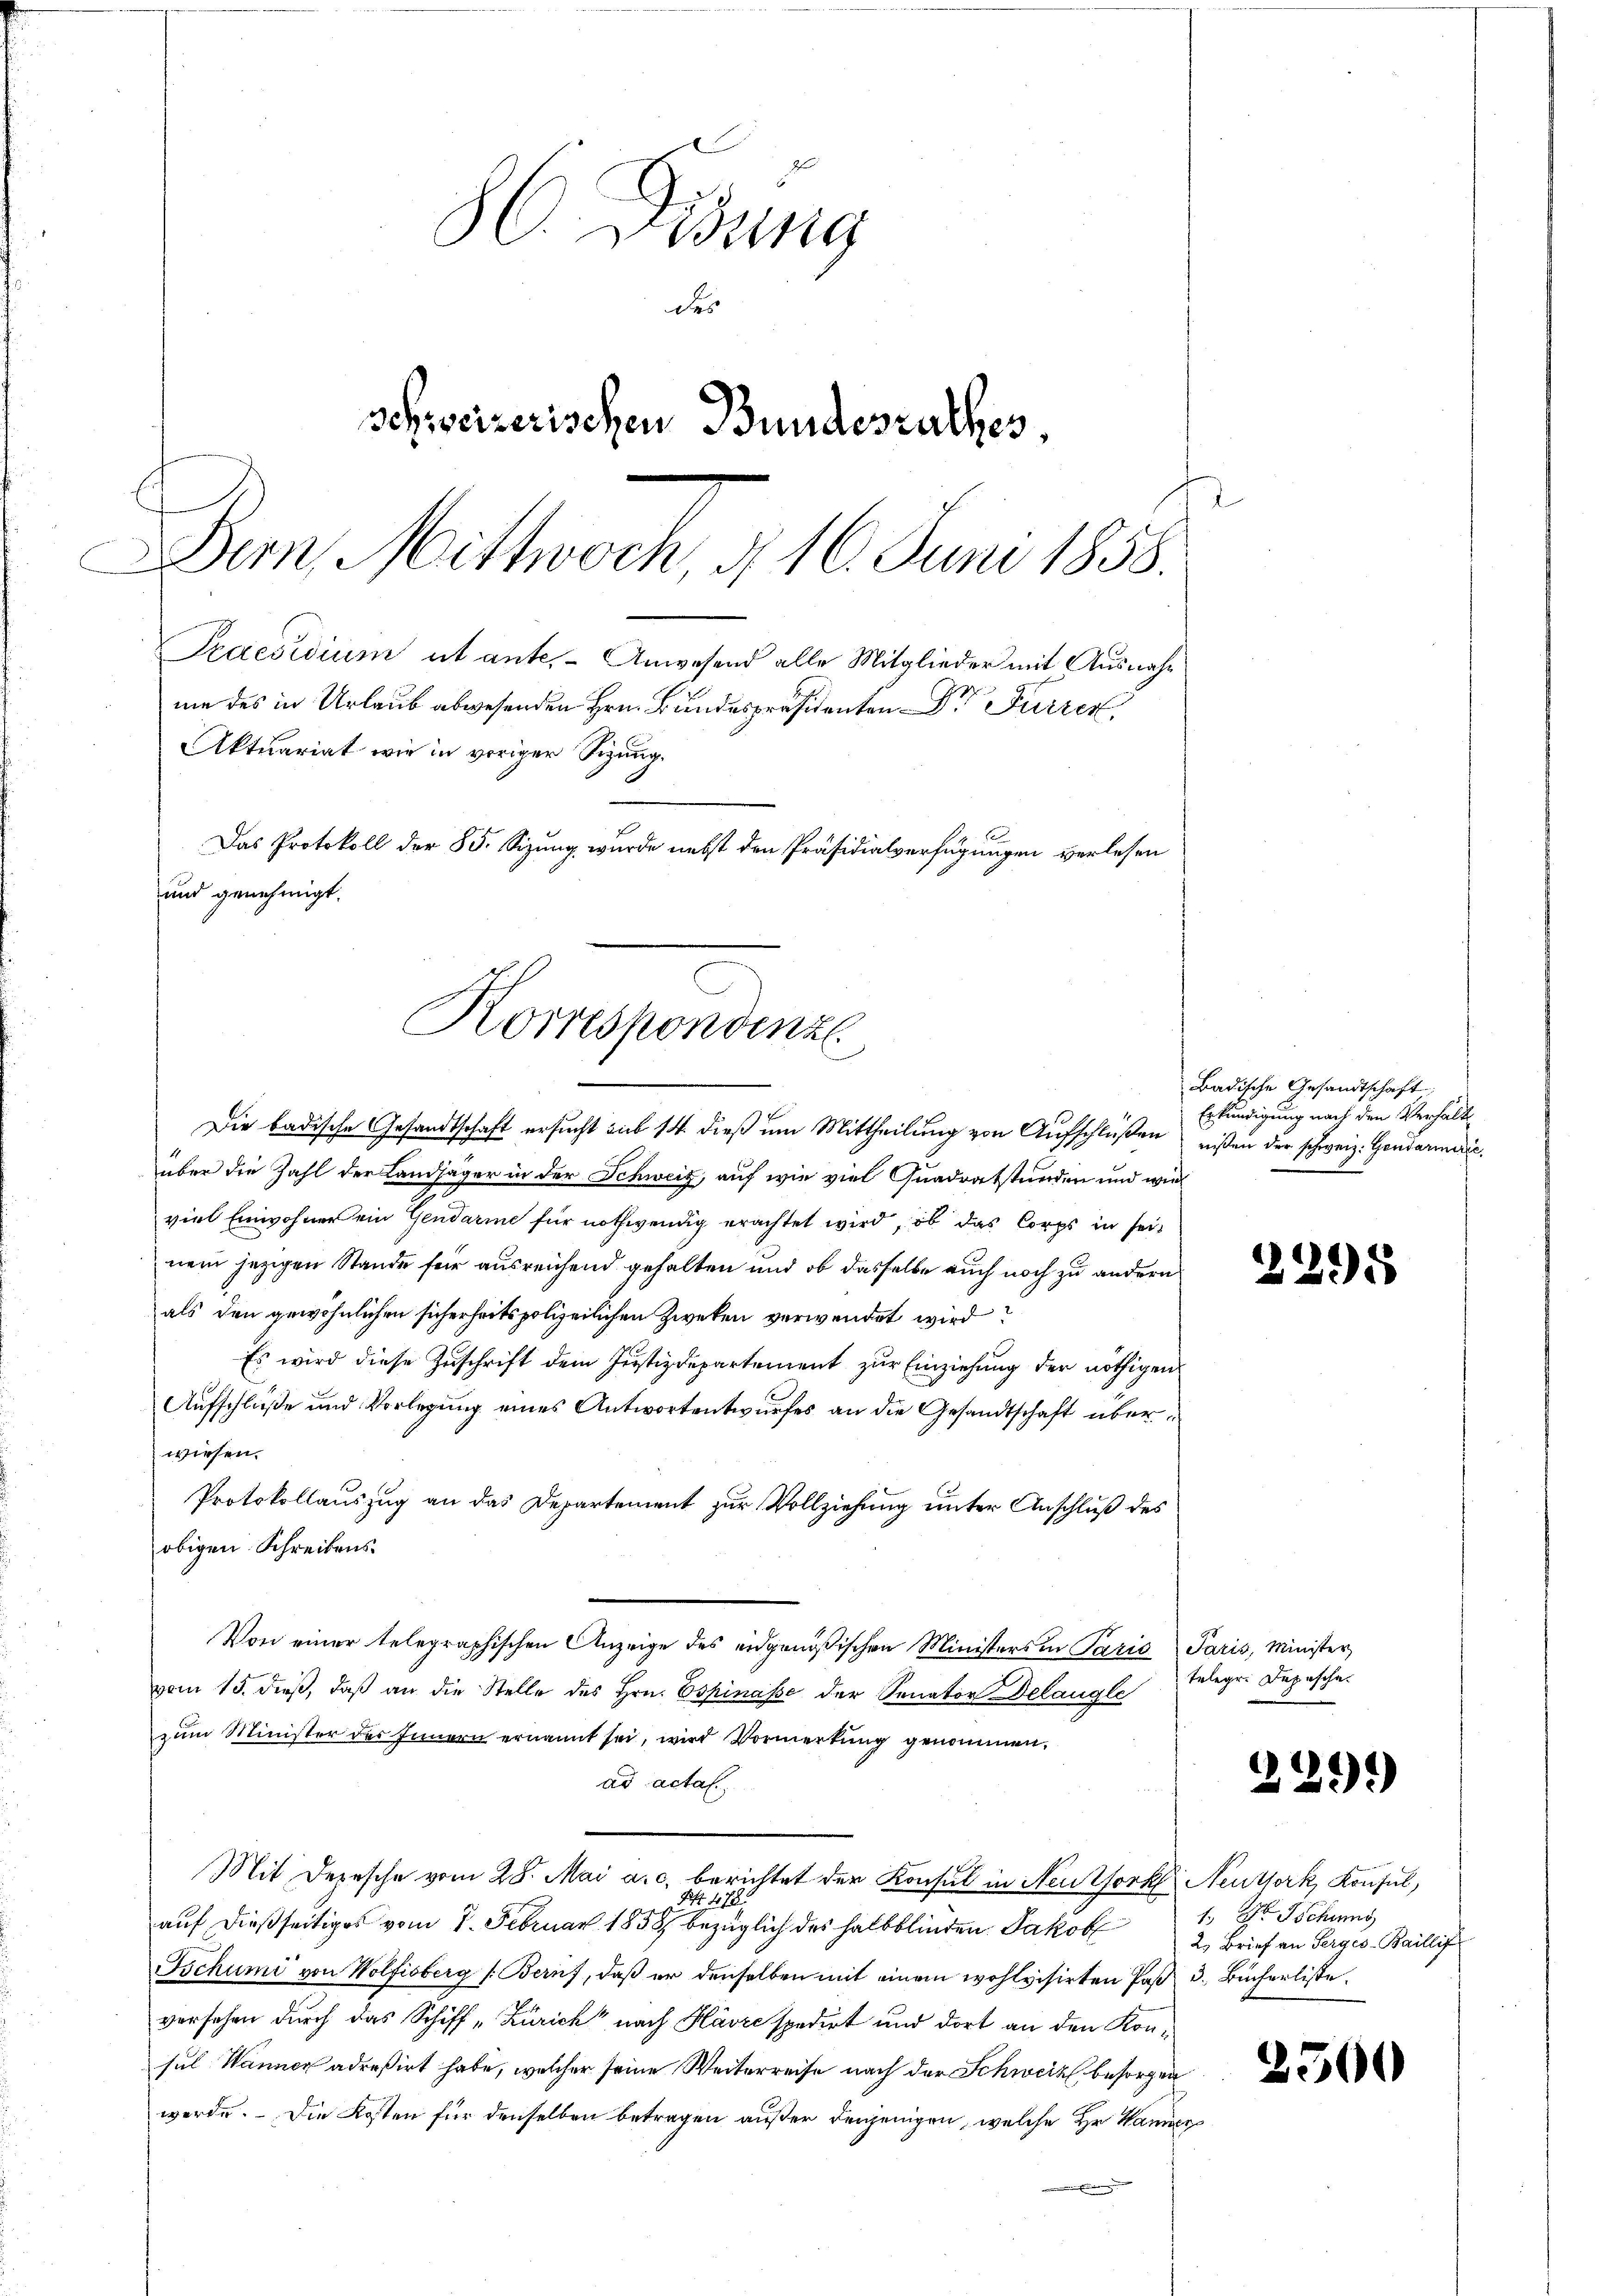
86. Disung
de
Schweizerischen Bundesrathes,
Dein Mittwoch, § 16. Juni 1858.
Praesidium et ante. - Anwesend alle Mitglieder mit Ausnahnie des in Urlaub abwesenden Hrn. Bundespräsidenten Dr Furren
Aktuariat wie in voriger Sigung.

u
.
Das Protokoll der 85. Sizung wurde nebst den Präsidialverfügungen verlesen
sund genehmigt.
Korrespondenzl

Die badische Gesandtschaft ersucht sub 14. dieß um Mittheilung von Aufschlüßen wißen der schweiz. Gendarmeriüber die Zahl der Landjäger in der Schweiz, auf wie viel Guadratstunden und wieviel Einwohner ein Gendarme für nothwendig erachtet wird, ob das Corps in seinem jezigen Stande für ausreichend gehalten und ob dasselbe auch noch zu andern
als den gewöhnlichen sicherheitspolizeilichen Zweken verwendet wird
Es wird diese Zuschrift dem Justizdepartement zur Einziehung der nöthigen
Aufschluße und Vorlegung eines Antwortentwurfes an die Gesandtschaft überwiesen.
Protokollauszug an das Departement zur Vollziehung unter Anschluß des
obigen Schreibens.
Von einer telegraphischen Anzeige des eidgenößischen Ministers in Paris Paris, Minister,
vom 15. dieß, daß an die Stelle des Hrn. Espinasse der Senator Delangle
zum Minister des Innern ernannt sei, wird Vormerkung genommen.
ad actat
Mit Depesche vom 28. Mai a.c. berichtet der Konsul in Neuzfork Neuthork, Konsul,
Nr. 1789
aŭf dießseitiges vom 7. Februar 1858 bezüglich des halbblinden Jakob 2 Brief an Sergis-Baillig
Tschumi von Wolfisberg (Bern, daß er denselben mit einem wohlvisirten Paß 3. Bücherliste
versehen durch das Schiff „Zürich nach Havre spedirt und dort an den Konsul Wanner adreßirt habe, welcher seine Weiterreise nach der Schweiz besorgen
werde. Die Kosten für denselben betragen außer derjenigen, welche Hr. Wange¬

Badische Gesandtschaft;
Erkundigung nach den Verhalt

2295

Telegr. Depesche.

229.

1. Der Sitzung

2500